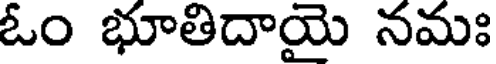
ఓం భూతిదాయై నమః